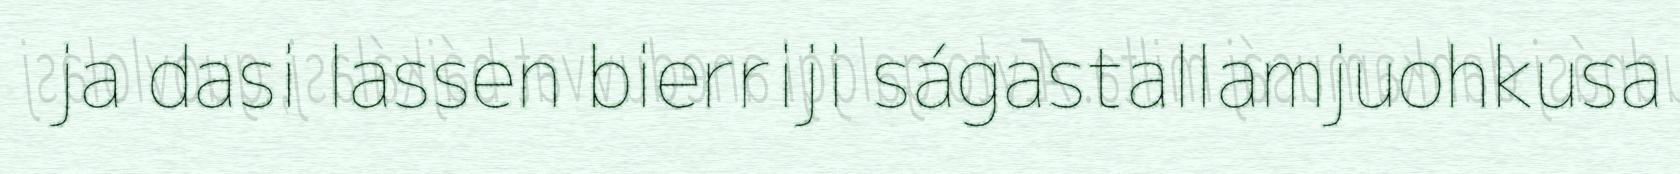
ja dasi lassen bierriji ságastallamjuohkusa